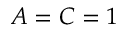
A = C = 1